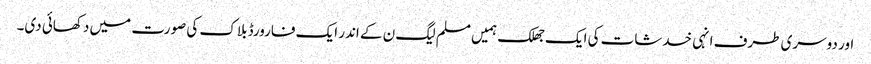
اور دوسری طرف انہی خدشات کی ایک جھلک ہمیں مسلم لیگ ن کے اندر ایک فارورڈ بلاک کی صورت میں دکھائی دی۔